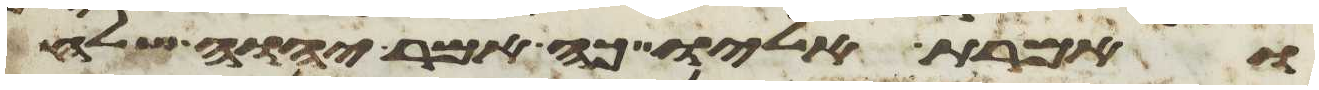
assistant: ואמרת אליו כה אמר יהוה שלח